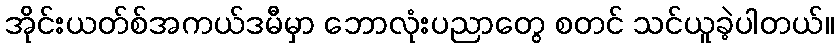
အိုင်းယတ်စ်အကယ်ဒမီမှာ ဘောလုံးပညာတွေ စတင် သင်ယူခဲ့ပါတယ်။